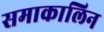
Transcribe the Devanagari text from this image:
समाकालिन